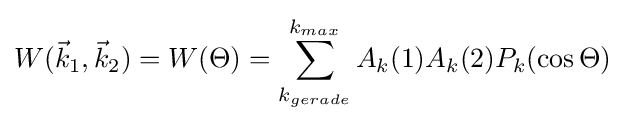
W({\vec {k}}_{1},{\vec {k}}_{2})=W(\Theta )=\sum _{k_{gerade}}^{k_{max}}A_{k}(1)A_{k}(2)P_{k}(\cos {\Theta })